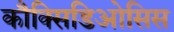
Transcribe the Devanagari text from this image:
कौक्सिडिओसिस